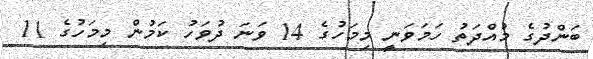
ބަންދުގެ މުއްދަތު ހަމަވަނީ މިމަހުގެ 14 ވަނަ ދުވަހު ކަމުން މިމަހުގެ 11